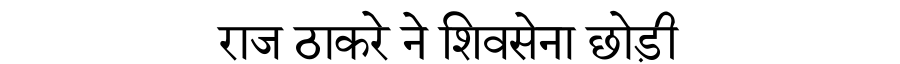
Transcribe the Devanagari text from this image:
राज ठाकरे ने शिवसेना छोड़ी